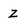
Character: Z